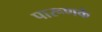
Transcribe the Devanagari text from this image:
पारूणके